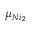
\mu _ { N i _ { 2 } }